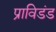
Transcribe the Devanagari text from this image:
प्राविडंड